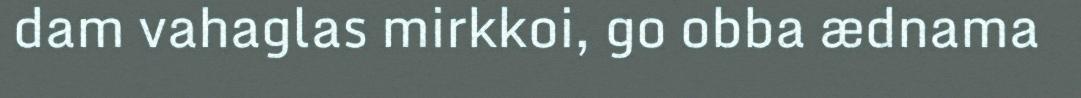
dam vahaglas mirkkoi, go obba ædnama